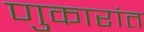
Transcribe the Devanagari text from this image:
णुकारांत